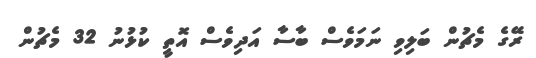
ރޭގެ މެޗުން ބަލިވި ނަމަވެސް ބާސާ އަދިވެސް އޮތީ ކުޅުނު 32 މެޗުން